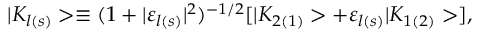
| K _ { l ( s ) } > \equiv ( 1 + | { \varepsilon } _ { l ( s ) } | ^ { 2 } ) ^ { - 1 / 2 } [ | K _ { 2 ( 1 ) } > + { \varepsilon } _ { l ( s ) } | K _ { 1 ( 2 ) } > ] ,